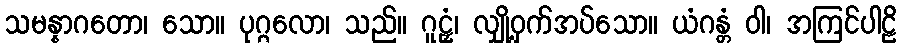
သမန္နာဂတော၊ သော။ ပုဂ္ဂလော၊ သည်။ ဂူဠှံ၊ လျှို့ဝှက်အပ်သော။ ယံဂန္တံ ဝါ၊ အကြင်ပါဠိ